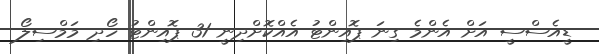
ޑީއެސްސީ އަށް އެންމެ ގިނަ ޕޮއިންޓު އެއްކޮށްދިނީ 31 ޕޮއިންޓު ހޯދި މަމްސިލޯ